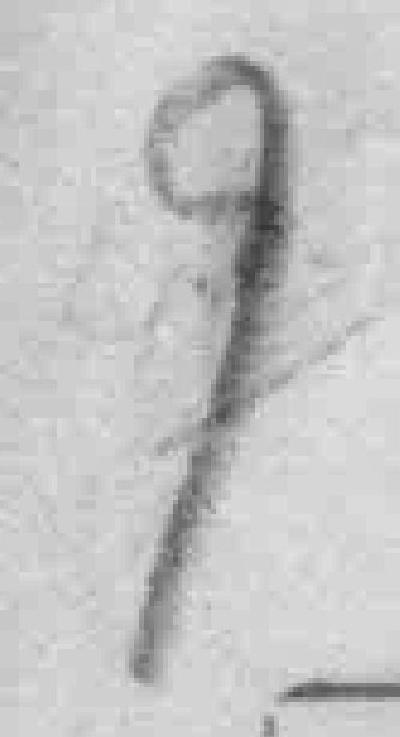
9